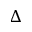
\Delta